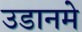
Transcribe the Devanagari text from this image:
उडानमे